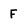
Character: F